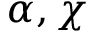
\alpha , \chi